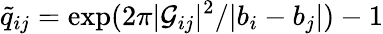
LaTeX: {\tilde{q}}_{ij}=\exp(2\pi|{\cal G}_{ij}|^{2}/|b_{i}-b_{j}|)-1